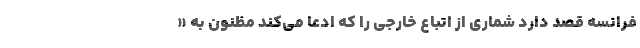
فرانسه قصد دارد شماری از اتباع خارجی را که ادعا می‌کند مظنون به «